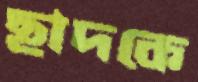
ছাদকে